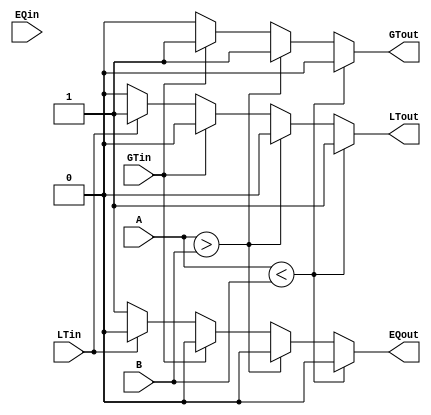
module comparator_4bit(LTin, EQin, GTin,
                       LTout, EQout, GTout, A, B);
  input EQin, GTin, LTin;
  input [3:0] A, B;
  output reg EQout, GTout, LTout;
  
  initial // initializing output values to zero
    begin
      LTout = 0; EQout = 0; GTout = 0;
    end

  always @(A, B, EQin, GTin, LTin) // sensible list
    begin
    
      if (A < B)
        begin
          LTout = 1; EQout = 0; GTout = 0;
        end
      else if (A > B)
        begin
          LTout = 0; EQout = 0; GTout = 1;
        end
      // we don't need to compare equality
      
      // output
      else if (GTin == 1)
        begin
          LTout = 0; EQout = 0; GTout = 1;
        end
      else if (LTin == 1)
        begin
          LTout = 1; EQout = 0; GTout = 0;
        end
      else
        begin
          LTout = 0; EQout = 1; GTout = 0;
        end
        
    end
endmodule


module comparator_8bit(LTin, EQin, GTin,
                       LTout, EQout, GTout, A, B);
  input EQin, GTin, LTin;
  input [7:0] A, B;
  
  // 0-3 bits
  wire LT1, EQ1, GT1;
  
  // 4-7 bits
  output LTout, EQout, GTout;
  
  // cascade
  comparator_4bit C1(LTin, EQin, GTin, LT1, EQ1,
                     GT1, A[3:0], B[3:0]);
  comparator_4bit C2(LT1, EQ1, GT1, LTout, EQout,
                     GTout, A[7:4], B[7:4]);
endmodule